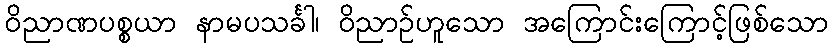
ဝိညာဏပစ္စယာ နာမပသင်္ခါ၊ ဝိညာဉ်ဟူသော အကြောင်းကြောင့်ဖြစ်သော